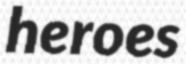
heroes